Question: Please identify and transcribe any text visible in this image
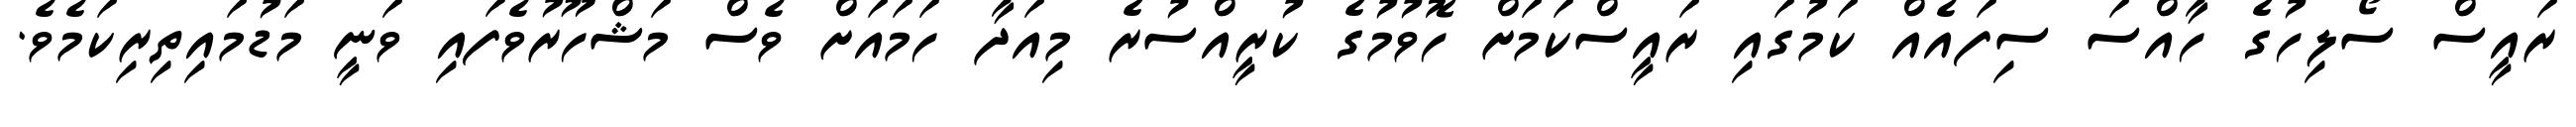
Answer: ރައީސް ސޯލިހުގެ ހާއްސަ ސިފައެއް ކަމުގައި ރައީސްކަމަށް ހޮވުމުގެ ކުރީއްސުރެ މިއަދާ ހަމައަށް ވެސް މަޝްހޫރުވެފައި ވަނީ މަޑުމައިތިރިކަމެވެ.